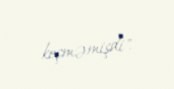
keçməmişdi".